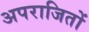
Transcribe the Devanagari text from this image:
अपराजितों